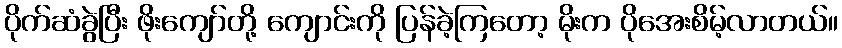
ပိုက်ဆံခွဲပြီး ဖိုးကျော်တို့ ကျောင်းကို ပြန်ခဲ့ကြတော့ မိုးက ပိုအေးစိမ့်လာတယ်။